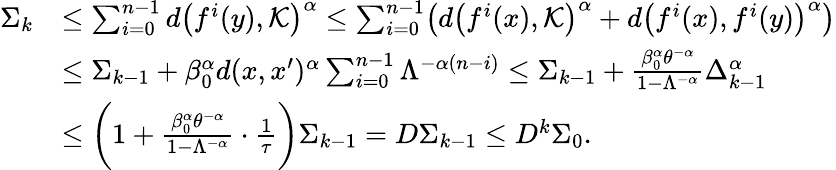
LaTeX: \begin{array}{rl}{\Sigma_{k}}&{\leq\sum_{i=0}^{n-1}d\bigl(f^{i}(y),\mathcal{K}\bigr)^{\alpha}\leq\sum_{i=0}^{n-1}\bigl(d\bigl(f^{i}(x),\mathcal{K}\bigr)^{\alpha}+d\bigl(f^{i}(x),f^{i}(y)\bigr)^{\alpha}\bigr)}\\ &{\leq\Sigma_{k-1}+\beta_{0}^{\alpha}d(x,x^{\prime})^{\alpha}\sum_{i=0}^{n-1}\Lambda^{-\alpha(n-i)}\leq\Sigma_{k-1}+\frac{\beta_{0}^{\alpha}\theta^{-\alpha}}{1-\Lambda^{-\alpha}}\Delta_{k-1}^{\alpha}}\\ &{\leq\biggl(1+\frac{\beta_{0}^{\alpha}\theta^{-\alpha}}{1-\Lambda^{-\alpha}}\cdot\frac{1}{\tau}\biggr)\Sigma_{k-1}=D\Sigma_{k-1}\leq D^{k}\Sigma_{0}.}\end{array}